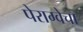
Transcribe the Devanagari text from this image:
पेराग्वेचा